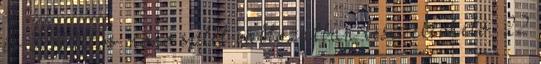
és 3,5kW os mono split változatban lesz elérhető. 22